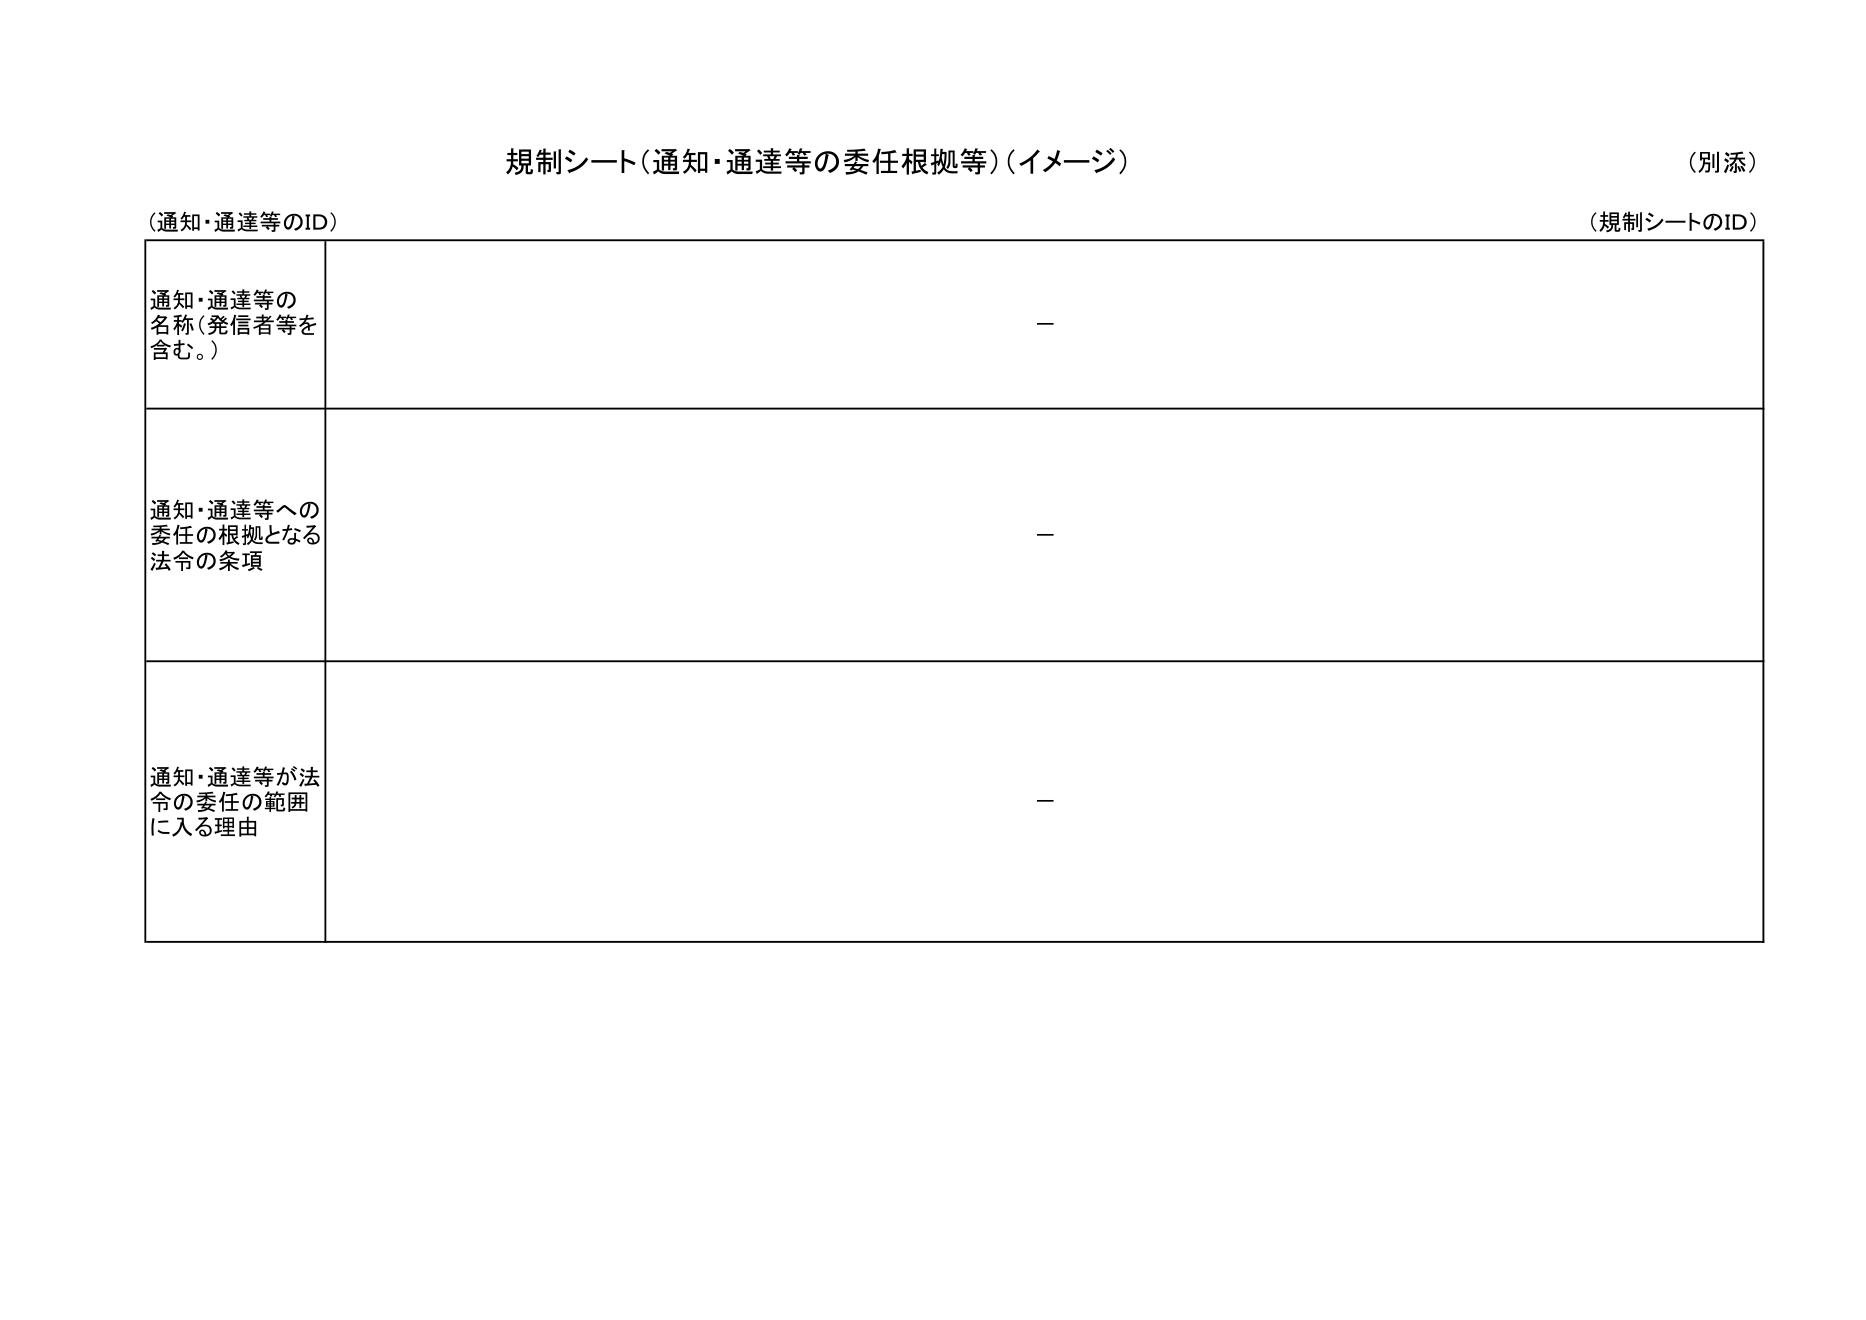
規制シート（通知・通達等の委任根拠等）（イメージ）
（別添）

（通知・通達等のID）
（規制シートのID）

通知・通達等の
名称（発信者等を
含む。）
－

通知・通達等への
委任の根拠となる
法令の条項
－

通知・通達等が法令の委任の範囲
に入る理由
－